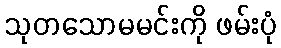
သုတသောမမင်းကို ဖမ်းပုံ